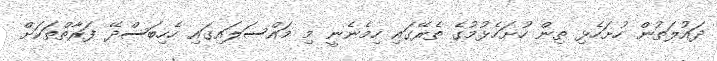
ދައުލަތުން ހުށަހެޅި ތިން ހުށަހެޅުމުގެ ތެރޭގައި ހިމެނެނީ މި މައްސަލައިގައި ހެހިބަސްދޭ ފަރާތްތަކަށް